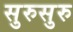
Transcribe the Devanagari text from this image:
सुरुसुरु